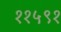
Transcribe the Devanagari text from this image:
११५९१